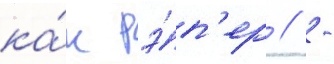
ка́к рэ́п'ер // -